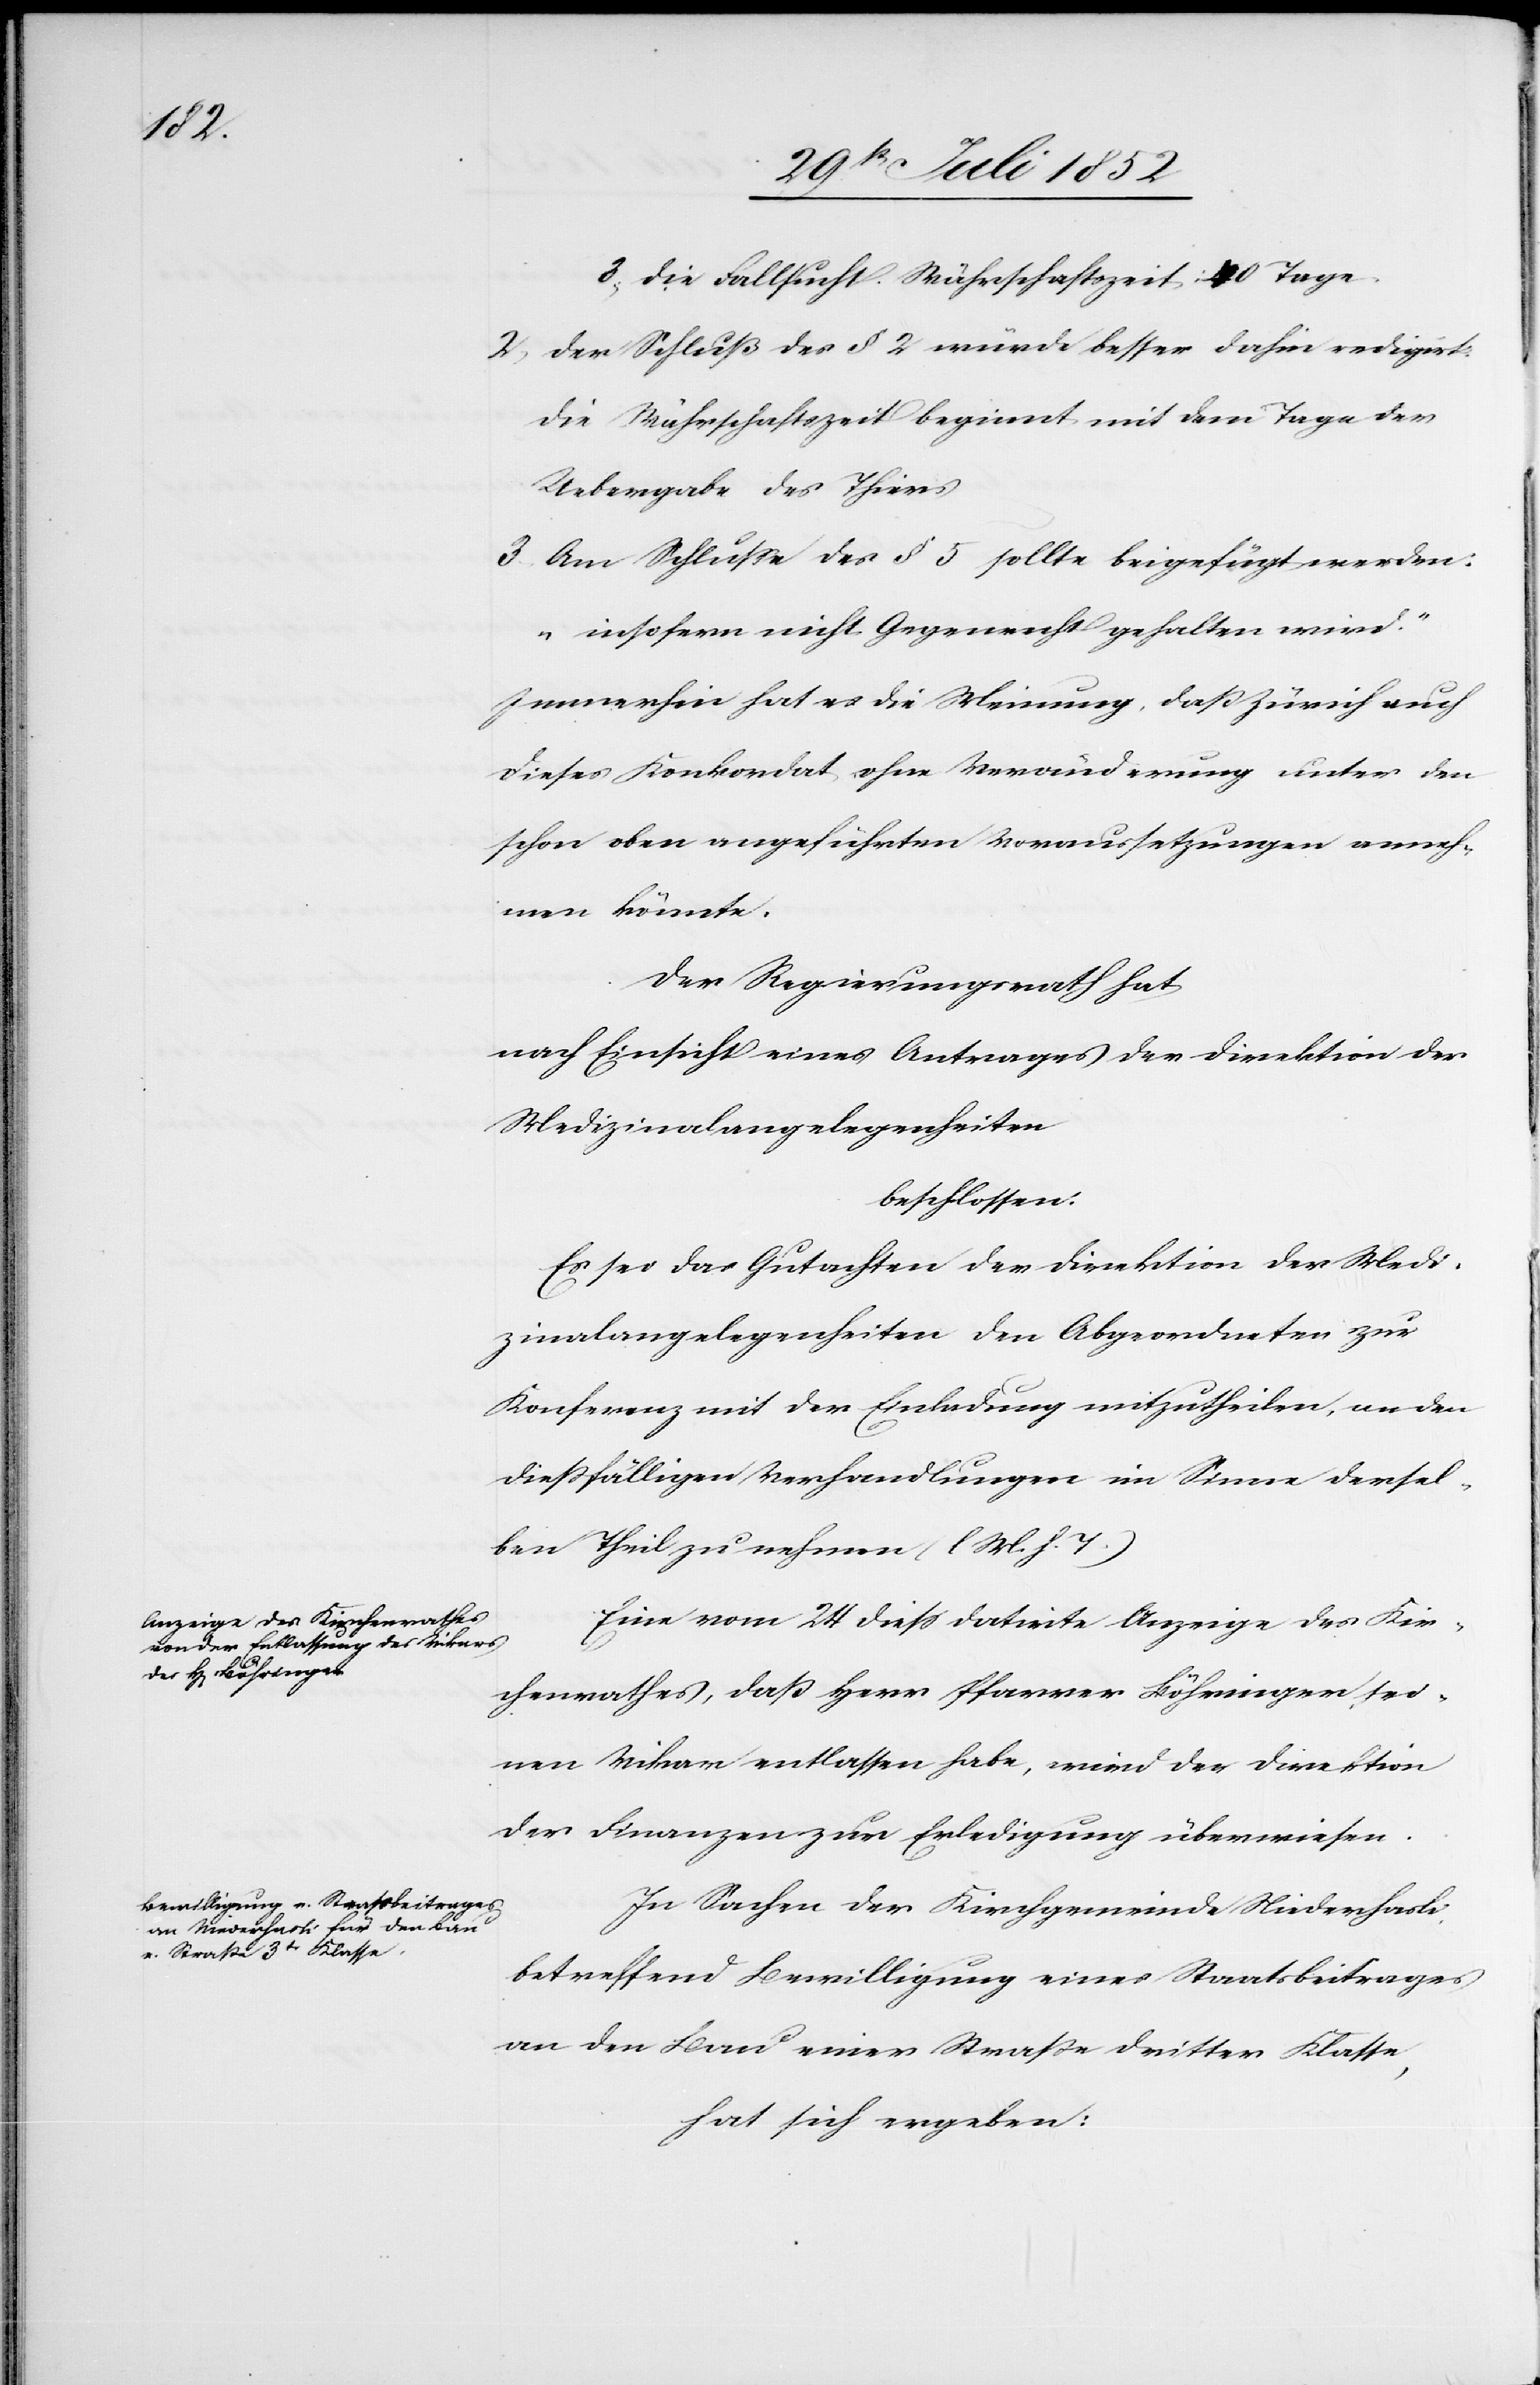
die Fallsucht. Währschaftszeit: 40 Tage.
Der Schluß des § 2 würde besser dahin redigirt:
Die Währschaftszeit beginnt mit dem Tage der
Uebergabe des Thiers
Am Schlusse des § 5 sollte beigefügt werden:
„insofern nicht Gegenrecht gehalten wird.“
Immerhin hat es die Meinung, daß Zürich auch
dieses Konkordat ohne Veränderung unter den
schon oben angeführten Voraussetzungen anneh¬
men könnte.
Der Regierungsrath hat
nach Einsicht eines Antrages der Direktion der
Medizinalangelegenheiten
beschlossen:
Es sei das Gutachten der Direktion der Medi¬
zinalangelegenheiten den Abgeordneten zur
Konferenz mit der Einladung mitzutheilen, an den
diessfälligen Verhandlungen im Sinne dersel¬
ben Theil zu nehmen (l M. h. T.)
Eine vom 24 diess datirte Anzeige des Kir¬
chenrathes, daß Herr Pfarrer Böhringer, sei¬
nen Vikar entlassen habe, wird der Direktion
der Finanzen zur Erledigung überwiesen.
In Sachen der Kirchgemeinde Niederhasli,
betreffend Bewilligung eines Staatsbeitrages
an den Bau einer Straße dritter Klasse,
hat sich ergeben: